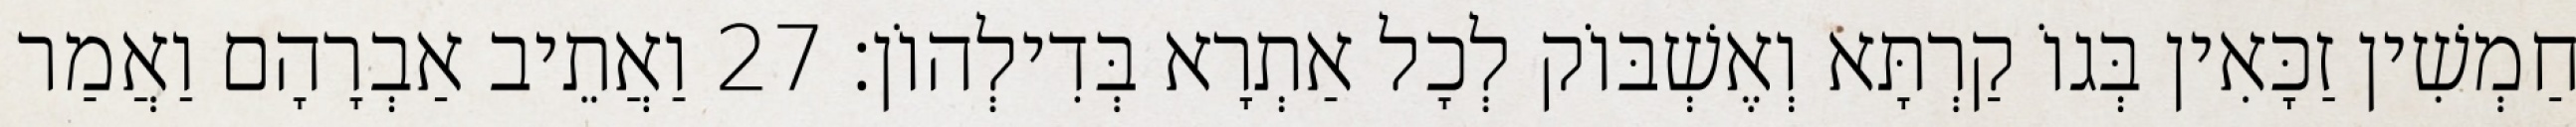
חַמְשִׁין זַכָּאִין בְּגוֹ קַרְתָּא וְאֶשְׁבּוֹק לְכָל אַתְרָא בְּדִילְהוֹן׃ 27 וַאֲתֵיב אַבְרָהָם וַאֲמַר